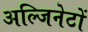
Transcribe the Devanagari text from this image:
अल्जिनेटों